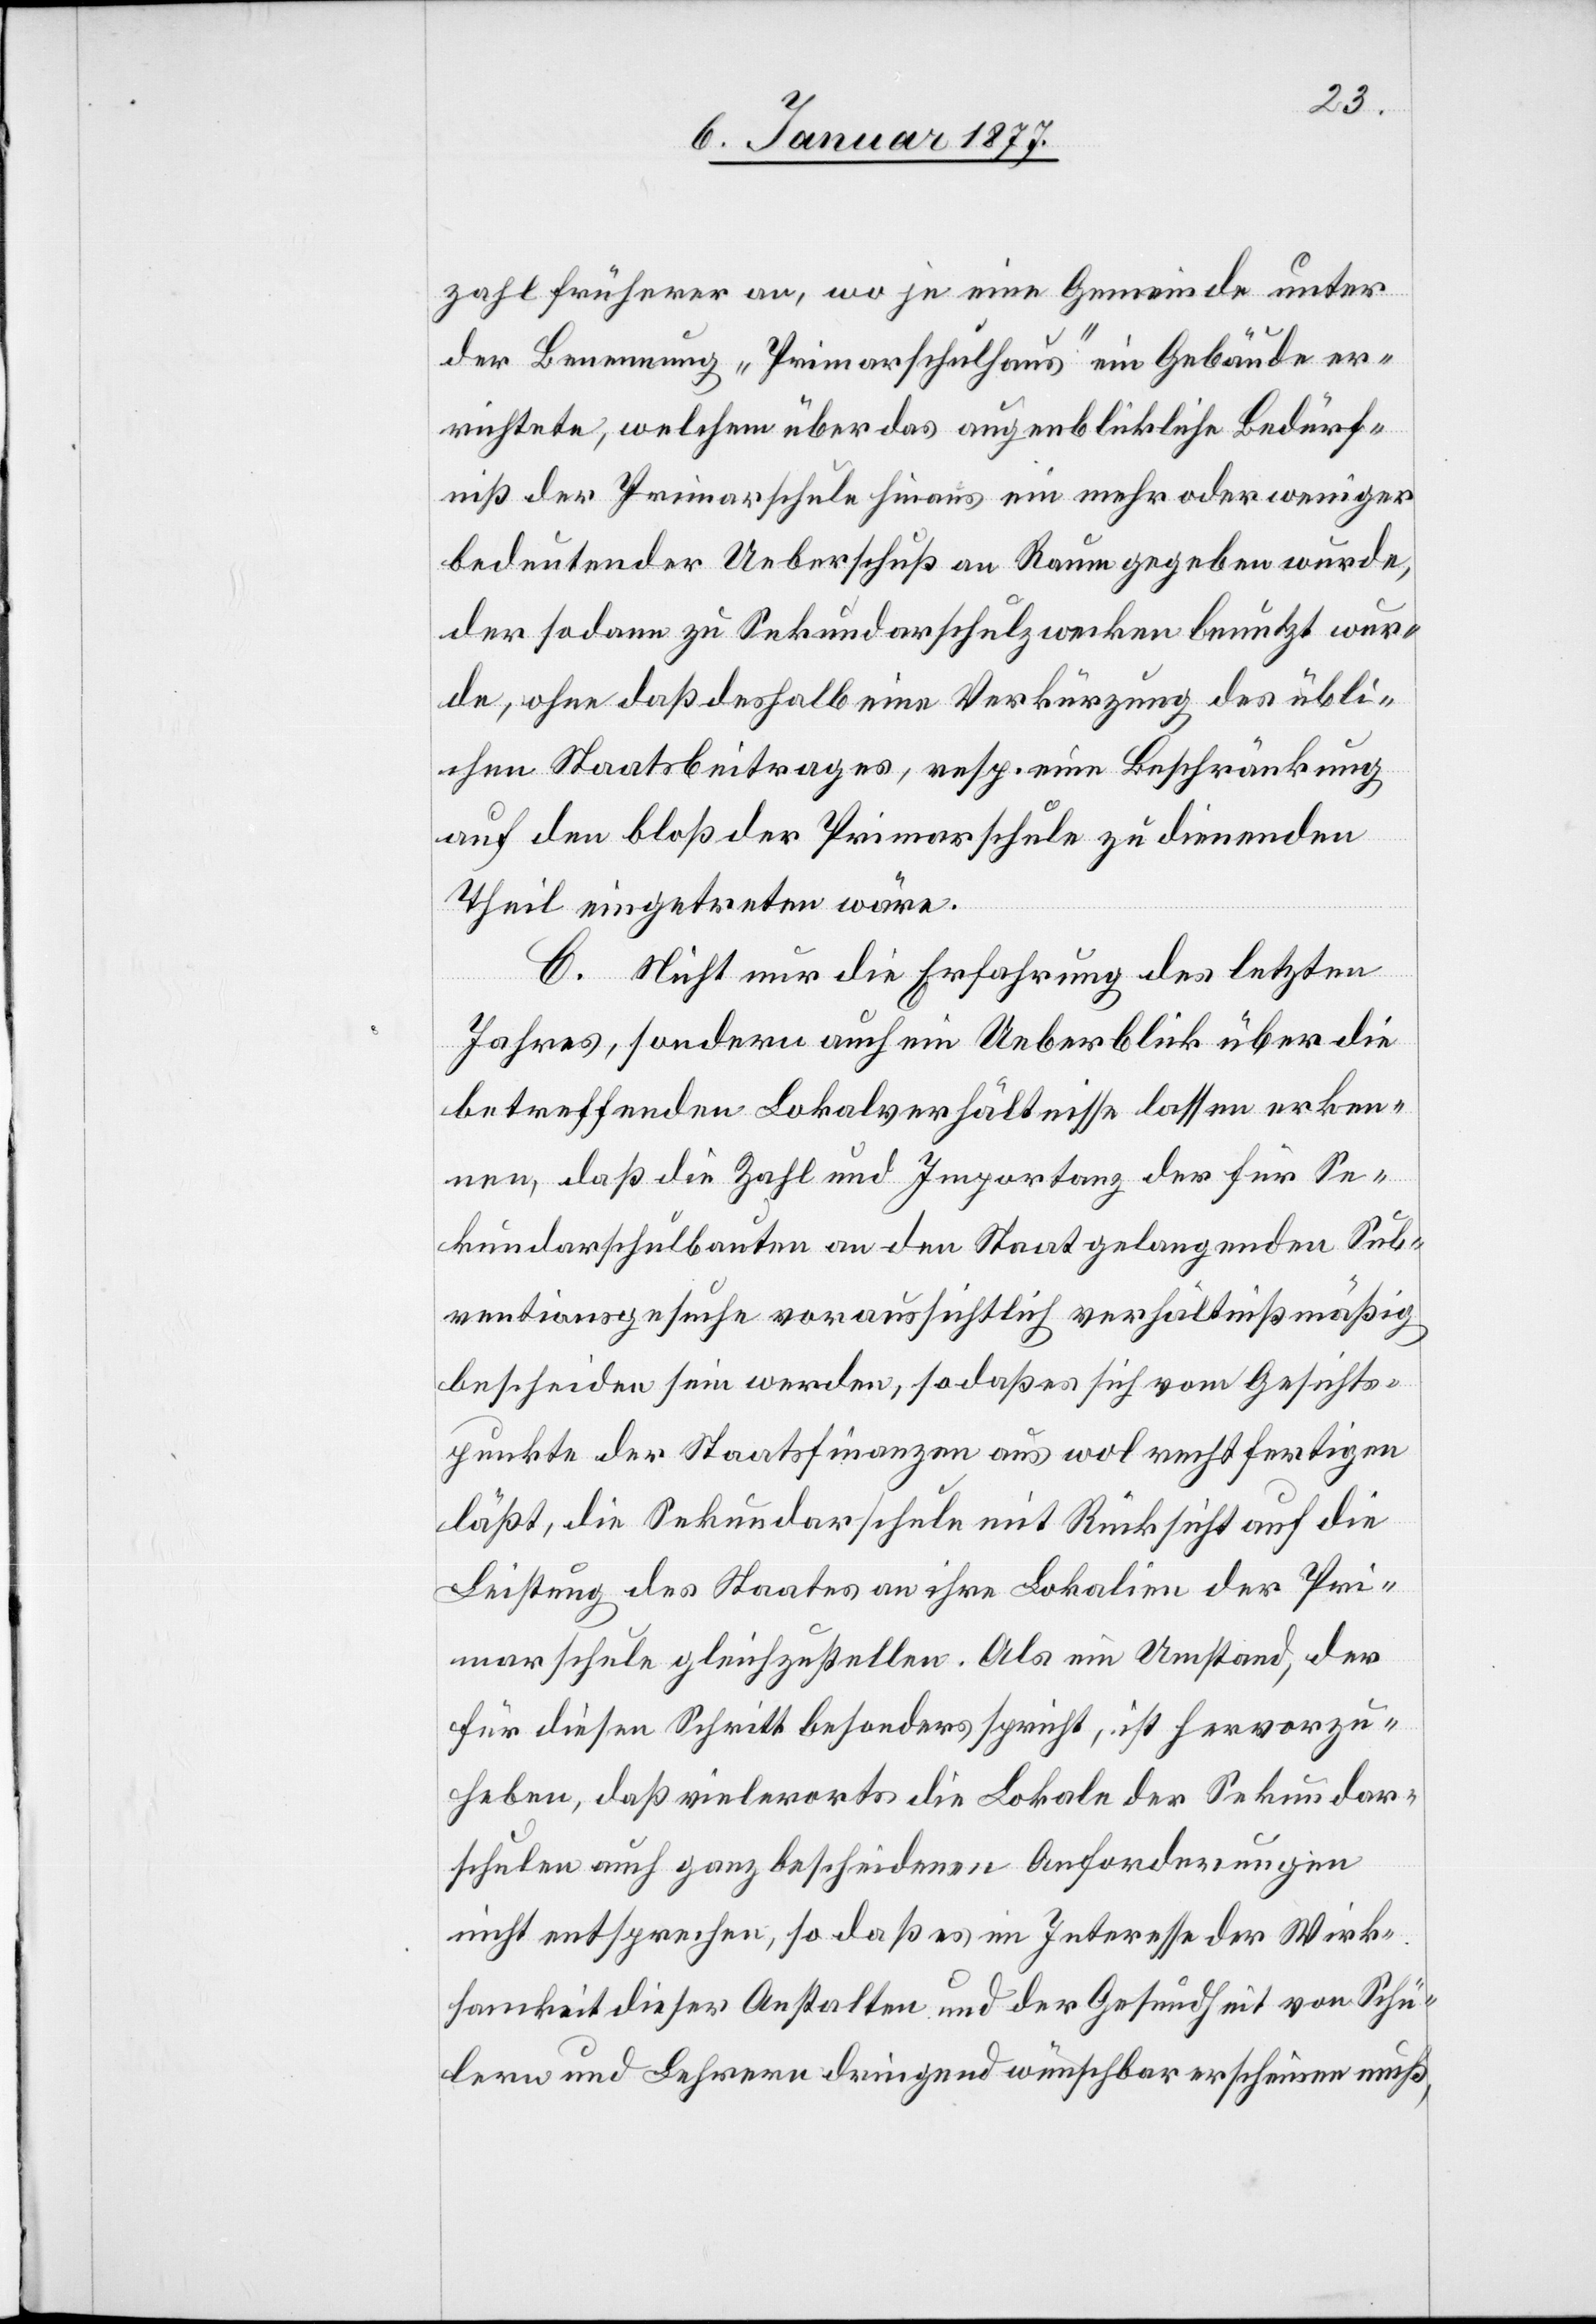
zahl früherer an, wo je eine Gemeinde unter
der Benennung „Primarschulhaus“ ein Gebäude er¬
richtete, welchem über das augenblickliche Bedürf¬
niß der Primarschule hinaus ein mehr oder weniger
bedeutender Ueberschuß an Raum gegeben wurde,
der sodann zu Sekundarschulzwecken benutzt wer¬
de, ohne daß deshalb eine Verkürzung des übli¬
chen Staatsbeitrages, resp. eine Beschränkung
auf den bloß der Primarschule zu dienenden
Theil eingetreten wäre.
C. Nicht nur die Erfahrung des letzten
Jahres, sondern auch ein Ueberblick über die
betreffenden Lokalverhältnisse lassen erken¬
nen, daß die Zahl und Importanz der für Se¬
kundarschulbauten an den Staat gelangenden Sub¬
ventionsgesuche voraussichtlich verhältnißmäßig
bescheiden sein werden, so daß es sich vom Gesichts¬
punkte der Staatsfinanzen aus wol rechtfertigen
läßt, die Sekundarschule mit Rücksicht auf die
Leistung des Staates an ihre Lokalien der Pri¬
marschule gleichzustellen. Als ein Umstand, der
für diesen Schritt besonders spricht, ist hervorzu¬
heben, daß vielerorts die Lokale der Sekundar¬
schulen auch ganz bescheidenen Anforderungen
nicht entsprechen, so daß im Interesse der Wirk¬
samkeit dieser Anstalten und der Gesundheit von Schü¬
lern und Lehrern dringend wünschbar erscheinen muß,